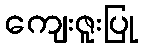
ကျေးဇူးပြု